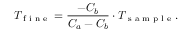
T _ { \textrm { f i n e } } = \frac { - C _ { b } } { C _ { a } - C _ { b } } \cdot T _ { \textrm { s a m p l e } } .